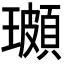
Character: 𭺌